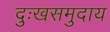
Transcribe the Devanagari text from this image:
दुःखसमुदाय